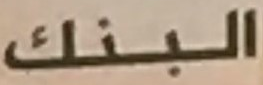
البنك